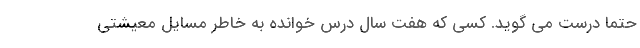
حتما درست می گوید. کسی که هفت سال درس خوانده به خاطر مسایل معیشتی